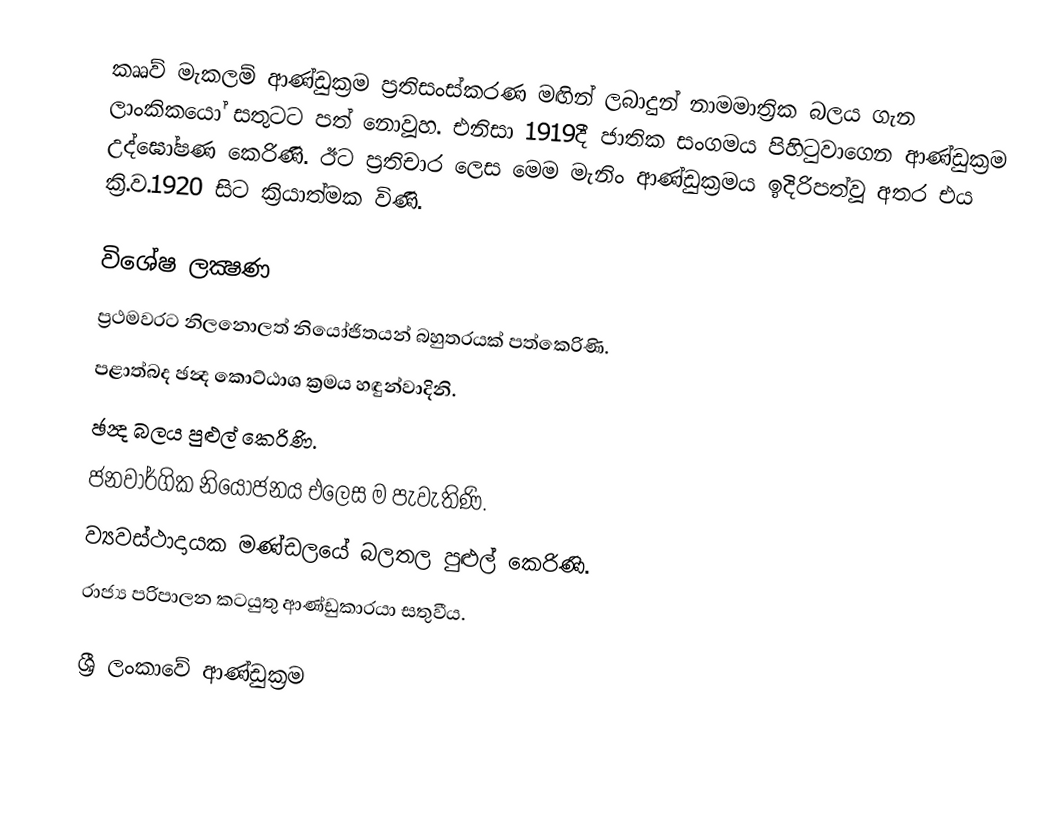
කෲව් මැකලම් ආණ්ඩුක්‍රම ප්‍රතිසංස්කරණ මඟින් ලබාදුන් නාමමාත්‍රික බලය ගැන ලාංකිකයෝ සතුටට පත් නොවූහ. එනිසා 1919දී ජාතික සංගමය පිහි‍ටුවාගෙන ආණ්ඩුක්‍රම උද්ඝෝෂණ කෙරිණි. ඊට ප්‍රතිචාර ලෙස මෙම මැනිං ආණ්ඩුක්‍රමය ඉදිරිපත්වූ අතර එය ක්‍රි.ව.1920 සිට ක්‍රියාත්මක විණි.

විශේෂ ලක්‍ෂණ
 ප්‍රථමවරට නිලනොලත් නියෝජිතයන් බහුතරයක් පත්කෙරිණි.
 පළාත්බද ඡන්‍ද කොට්ඨාශ ක්‍රමය හඳුන්වාදිනි.
 ඡන්‍ද බලය පුළුල් කෙරිණි.
 ජනවාර්ගික නියෝජනය එලෙස ම පැවැතිණි.
 ව්‍යවස්ථාදායක මණ්ඩලයේ බලතල පුළුල් කෙරිණි.
 රාජ්‍ය පරිපාලන කටයුතු ආණ්ඩුකාරයා සතුවීය.

ශ්‍රී ලංකාවේ ආණ්ඩුක්‍රම